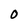
Character: O